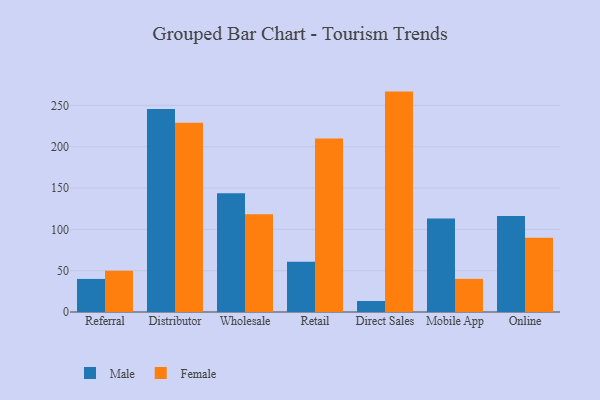
{"axis": {"x": "Channel", "y": "Conversion Rate (%)"}, "legend": ["Female", "Male"], "data": [{"x": "Referral", "y": 40.0, "type": "Male"}, {"x": "Referral", "y": 50.0, "type": "Female"}, {"x": "Distributor", "y": 245.6, "type": "Male"}, {"x": "Distributor", "y": 229.0, "type": "Female"}, {"x": "Wholesale", "y": 143.8, "type": "Male"}, {"x": "Wholesale", "y": 118.3, "type": "Female"}, {"x": "Retail", "y": 60.8, "type": "Male"}, {"x": "Retail", "y": 210.0, "type": "Female"}, {"x": "Direct Sales", "y": 13.3, "type": "Male"}, {"x": "Direct Sales", "y": 266.7, "type": "Female"}, {"x": "Mobile App", "y": 113.1, "type": "Male"}, {"x": "Mobile App", "y": 40.1, "type": "Female"}, {"x": "Online", "y": 116.3, "type": "Male"}, {"x": "Online", "y": 89.9, "type": "Female"}]}